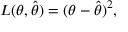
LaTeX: L ( \theta , { \hat { \theta } } ) = ( \theta - { \hat { \theta } } ) ^ { 2 } ,